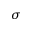
\sigma